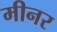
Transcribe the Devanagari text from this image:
मीनर